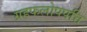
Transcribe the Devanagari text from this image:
ग्रहफलोपपत्ति